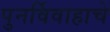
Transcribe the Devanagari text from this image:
पुनर्विवाहाचे